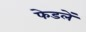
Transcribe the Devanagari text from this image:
फेडलें